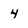
Character: 4